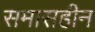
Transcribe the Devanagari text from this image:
समासहीन